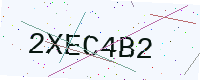
Text: 2XEC4B2